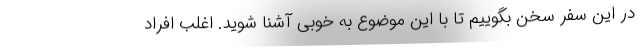
در این سفر سخن بگوییم تا با این موضوع به خوبی آشنا شوید. اغلب افراد